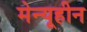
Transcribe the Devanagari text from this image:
मेन्यूहीन